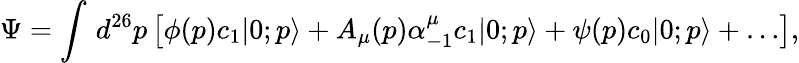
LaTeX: \Psi=\int\, d^{26}p\left[\phi(p)c_{1}|0;p\rangle+A_{\mu}(p)\alpha_{-1}^{\mu}c_{1}|0;p\rangle+\psi(p)c_{0}|0;p\rangle+\ldots\right],